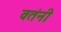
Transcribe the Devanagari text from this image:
वतंनी